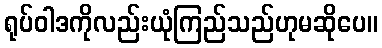
ရုပ်ဝါဒကိုလည်းယုံကြည်သည်ဟုမဆိုပေ။